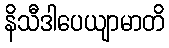
နိသီဒါပေယျာမာတိ